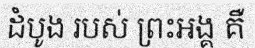
ដំបូង របស់ ព្រះអង្គ គឺ